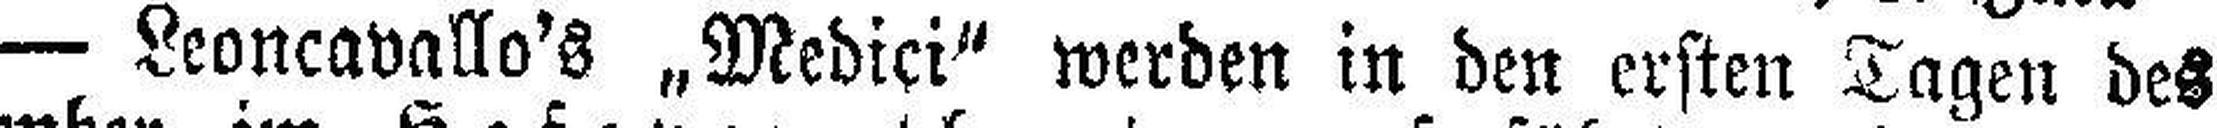
— Leoncavallo's „Medici“ werden in den ersten Tagen des